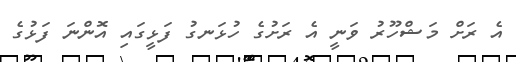
އެ ރަށް މަޝްހޫރު ވަނީ އެ ރަށުގެ ހުޅަނގު ފަޅީގައި އޮންނަ ފަޅުގެ